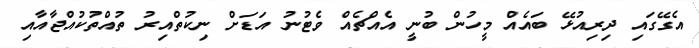
އެގޭގައި ދިރިއުޅޭ ބައެއް މީހުން ބުނީ އެއްޗެއް ވެޓުނު އަޑަށް ނިކުތްއިރު ތުއްތުކުއްޖާއާއި